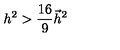
h ^ { 2 } > \frac { 1 6 } 9 \vec { h } ^ { 2 }